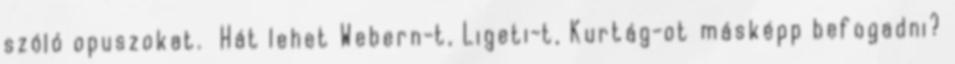
szóló opuszokat. Hát lehet Webern-t, Ligeti-t, Kurtág-ot másképp befogadni?